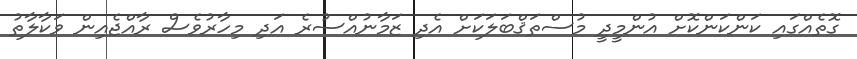
ގޮތެއްގައި ކަންކަންކޮށް އުންމީދީ މުސްތަޤްބަލަކަށް އެދި ޒަމާނުއްސުރެ އަދި މިހާރުވެސް ރާއްޖެއިން ވަކާލާތު